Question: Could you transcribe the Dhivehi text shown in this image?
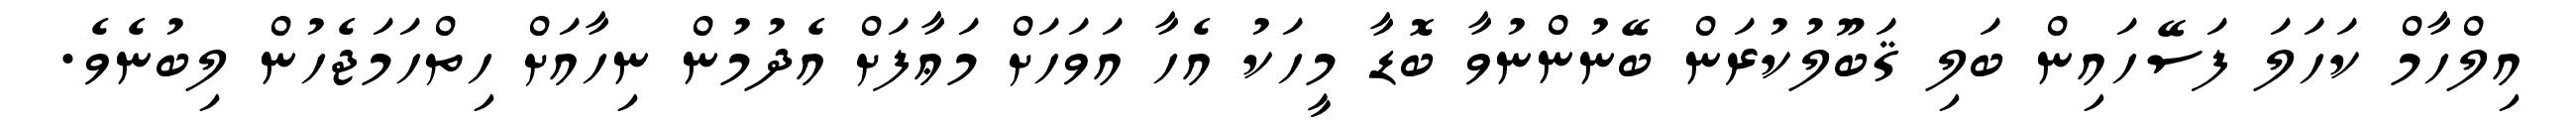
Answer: އިލްހާމް ކަހަލަ ފަސޭހައިން ބަލި ޤަބޫލުކުރަން ބޭނުންނުވާ ބޮޑާ މީހަކު އެހާ އަވަހަށް މަޢާފަށް އެދުމުން ނިހާއަށް ހިތްހަމަޖެހުން ލިބުނެވެ.